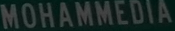
MOHAMMEDIA